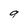
Character: g